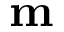
\textbf { m }